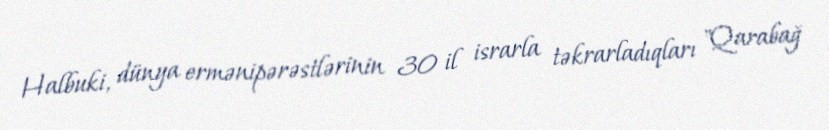
Halbuki, dünya ermənipərəstlərinin 30 il israrla təkrarladıqları "Qarabağ